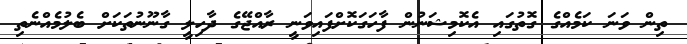
ތިން ވަނަ ކަމެއްގެ ގޮތުގައި އެކޮމިޝަނުން ފާހަގަކޮށްފައިވަނީ ރާއްޖޭގެ ދާހިލީ ގާނޫނުތަކަށް ބެލުމެއްނެތި